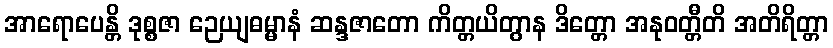
အာရောပေန္တိ ဒုစ္စဇာ ဉေယျဓမ္မာနံ ဆန္ဒဇာတော ကိတ္တယိတွာန ဒိတ္တော အနုဝတ္တီတိ အတိရိတ္တာ